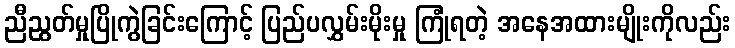
ညီညွတ်မှုပြိုကွဲခြင်းကြောင့် ပြည်ပလွှမ်းမိုးမှု ကြုံရတဲ့ အနေအထားမျိုးကိုလည်း